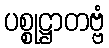
ပစ္စုဋ္ဌာတဗ္ဗံ